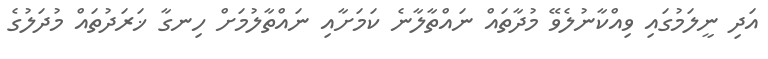
އަދި ނީލަމުގައި ވިއްކާނުލެވޭ މުދާތައް ނައްތާލާނެ ކަމަށާއި ނައްތާލުމަށް ހިނގާ ޚަރަދުތައް މުދަލުގެ